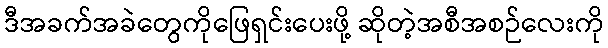
ဒီအခက်အခဲတွေကိုဖြေရှင်းပေးဖို့ ဆိုတဲ့အစီအစဉ်လေးကို